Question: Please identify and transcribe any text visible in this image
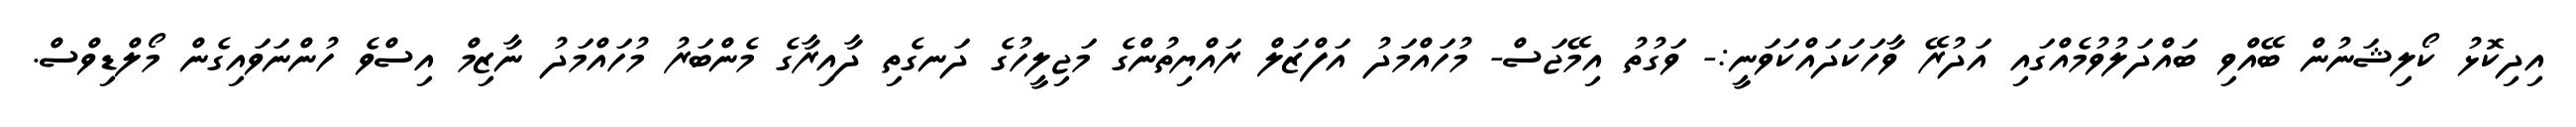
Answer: އިދިކޮޅު ކޯލިޝަނުން ބޭއްވި ބައްދަލުވުމެއްގައި އަދުރޭ ވާހަކަދައްކަވަނީ:- ވަގުތު އިމޭޖަސް- މުހައްމަދު އަފްޒަލް ރައްޔިތުންގެ މަޖިލީހުގެ ދަނގެތި ދާއިރާގެ މެންބަރު މުހައްމަދު ނާޒިމް އިސްވެ ހުންނަވައިގެން މޯލްޑިވްސް.